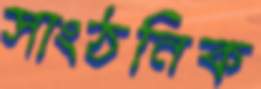
সাংঠনিক